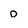
Character: 0